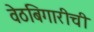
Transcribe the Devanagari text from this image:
वेठबिगारीची